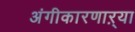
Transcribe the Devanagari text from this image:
अंगीकारणाऱ्या